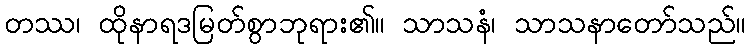
တဿ၊ ထိုနာရဒမြတ်စွာဘုရား၏။ သာသနံ၊ သာသနာတော်သည်။